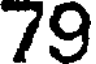
79